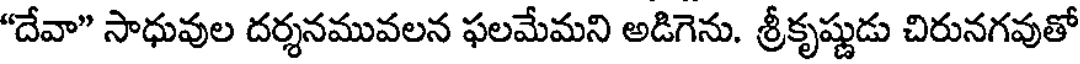
"దేవా" సాధువుల దర్శనమువలన ఫలమేమని అడిగెను. శ్రీకృష్ణుడు చిరునగవుతో